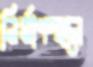
নির্মাণস্থলে